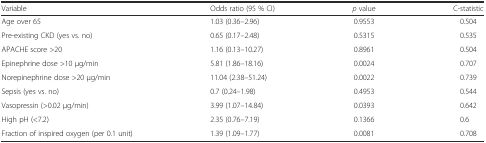
<table><thead><tr><td><b>Variable</b></td><td><b>Odds ratio (95 % CI)</b></td><td><b><i>p</i> value</b></td><td><b>C-statistic</b></td></tr></thead><tbody><tr><td>Age over 65</td><td>1.03 (0.36–2.96)</td><td>0.9553</td><td>0.504</td></tr><tr><td>Pre-existing CKD (yes vs. no)</td><td>0.65 (0.17–2.48)</td><td>0.5315</td><td>0.535</td></tr><tr><td>APACHE score &gt;20</td><td>1.16 (0.13–10.27)</td><td>0.8961</td><td>0.504</td></tr><tr><td>Epinephrine dose &gt;10 μg/min</td><td>5.81 (1.86–18.16)</td><td>0.0024</td><td>0.707</td></tr><tr><td>Norepinephrine dose &gt;20 μg/min</td><td>11.04 (2.38–51.24)</td><td>0.0022</td><td>0.739</td></tr><tr><td>Sepsis (yes vs. no)</td><td>0.7 (0.24–1.98)</td><td>0.4953</td><td>0.544</td></tr><tr><td>Vasopressin (&gt;0.02 μg/min)</td><td>3.99 (1.07–14.84)</td><td>0.0393</td><td>0.642</td></tr><tr><td>High pH (&lt;7.2)</td><td>2.35 (0.76–7.19)</td><td>0.1366</td><td>0.6</td></tr><tr><td>Fraction of inspired oxygen (per 0.1 unit)</td><td>1.39 (1.09–1.77)</td><td>0.0081</td><td>0.708</td></tr></tbody></table>